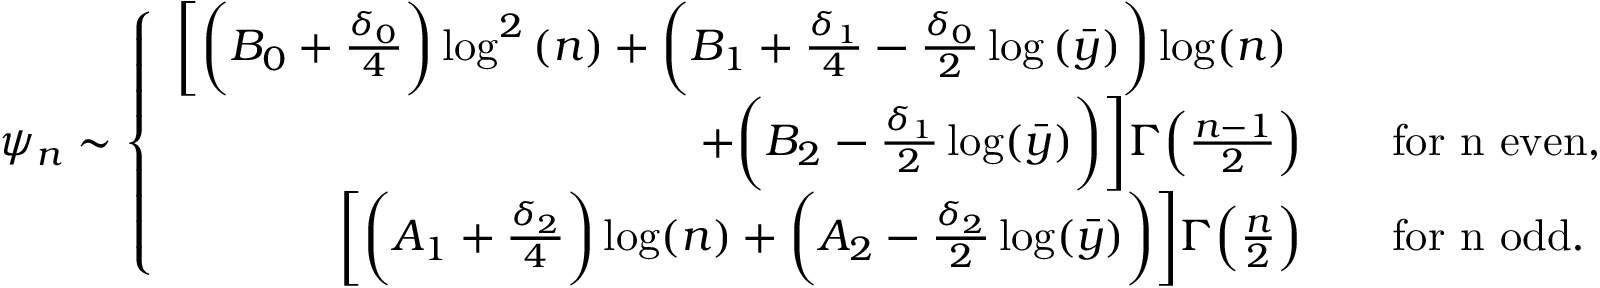
\psi _ { n } \sim \left\{ \begin{array} { r l } { \bigg [ \bigg ( B _ { 0 } + \frac { \delta _ { 0 } } { 4 } \bigg ) \log ^ { 2 } { ( n ) } + \bigg ( B _ { 1 } + \frac { \delta _ { 1 } } { 4 } - \frac { \delta _ { 0 } } { 2 } \log { ( \bar { y } ) } \bigg ) \log ( n ) \quad ~ } & { } \\ { + \bigg ( B _ { 2 } - \frac { \delta _ { 1 } } { 2 } \log ( \bar { y } ) \bigg ) \bigg ] \Gamma \Big ( \frac { n - 1 } { 2 } \Big ) \quad } & { \mathrm { f o r ~ n ~ e v e n } , } \\ { \bigg [ \bigg ( A _ { 1 } + \frac { \delta _ { 2 } } { 4 } \bigg ) \log ( n ) + \bigg ( A _ { 2 } - \frac { \delta _ { 2 } } { 2 } \log ( \bar { y } ) \bigg ) \bigg ] \Gamma \Big ( \frac { n } { 2 } \Big ) \quad } & { \mathrm { f o r ~ n ~ o d d } . } \end{array} \right.